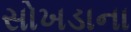
સોખડાના